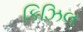
કિઝિલ